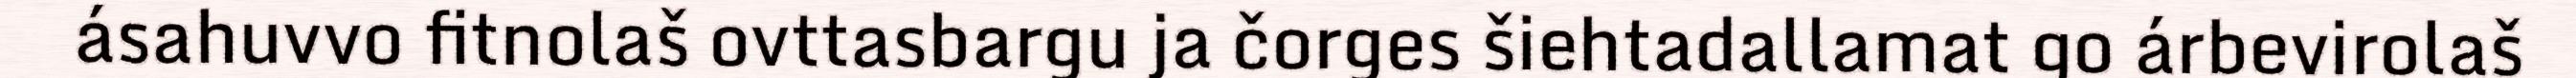
ásahuvvo fitnolaš ovttasbargu ja čorges šiehtadallamat go árbevirolaš